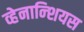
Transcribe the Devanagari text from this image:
व्हेनान्शियस